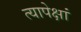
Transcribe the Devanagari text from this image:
त्यापेक्षां